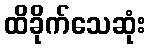
ထိခိုက်သေဆုံး